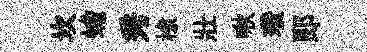
坎蟾秀棣壯啾瓚郞